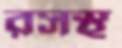
রসস্থ